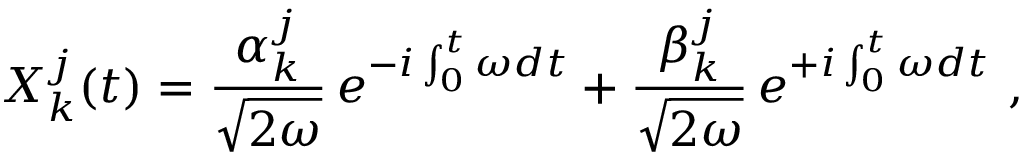
X _ { k } ^ { j } ( t ) = { \frac { \alpha _ { k } ^ { j } } { \sqrt { 2 \omega } } } \, e ^ { - i \int _ { 0 } ^ { t } \omega d t } + { \frac { \beta _ { k } ^ { j } } { \sqrt { 2 \omega } } } \, e ^ { + i \int _ { 0 } ^ { t } \omega d t } \ ,